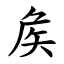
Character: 矦